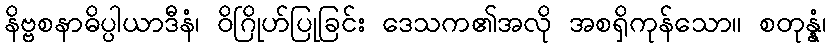
နိဗ္ဗစနာဓိပ္ပါယာဒီနံ၊ ဝိဂြိုဟ်ပြုခြင်း ဒေသက၏အလို အစရှိကုန်သော။ စတုန္နံ၊